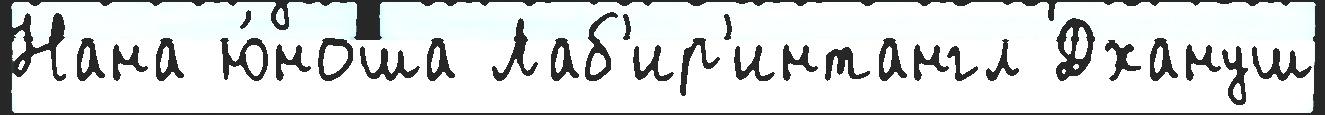
Нана ю́ноша Лаб'ир'интангл Дхануш